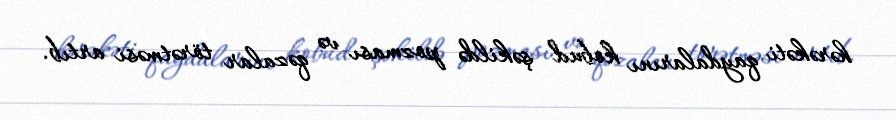
hərəkəti qaydalarını kobud şəkildə pozması və qəzalar törətməsi artıb.